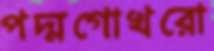
পদ্মগোখরো